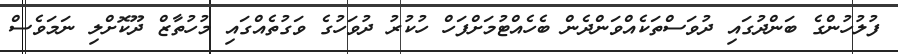
ފުލުހުންގެ ބަންދުގައި ދުވަސްތަކެއްވަންދެން ބެހެއްޓުމަށްފަހް ހުކުރު ދުވަހުގެ ވަގުތެއްގައި މުހުތާޒް ދޫކޮށްލި ނަމަވެސް